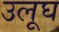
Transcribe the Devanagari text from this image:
उलूघ